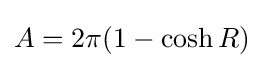
A=2\pi (1-\cosh R)